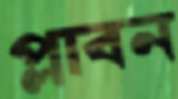
প্লাবন